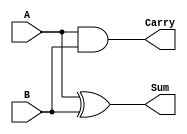
module HalfAdder (
    input wire A,      // First input bit
    input wire B,      // Second input bit
    output wire Sum,   // Sum output
    output wire Carry  // Carry output
);
    assign Sum = A ^ B;     // Sum = A XOR B
    assign Carry = A & B;   // Carry = A AND B
endmodule